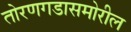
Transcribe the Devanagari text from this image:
तोरणगडासमोरील